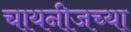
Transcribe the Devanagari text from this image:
चायनीजच्या